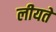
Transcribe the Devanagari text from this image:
लीयते